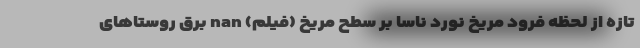
تازه از لحظه فرود مريخ نورد ناسا بر سطح مريخ (فیلم) nan برق روستاهای